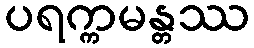
ပရက္ကမန္တဿ